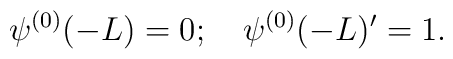
\psi^{(0)}(-L)  =  0; \quad \psi^{(0)}(-L)'=1.